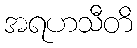
အရဟသီတိ